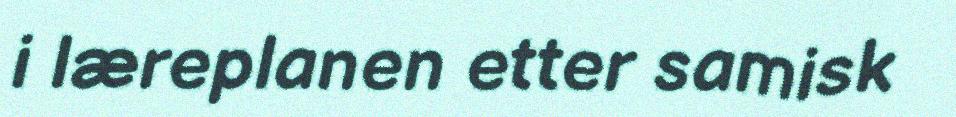
i læreplanen etter samisk